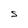
Character: S